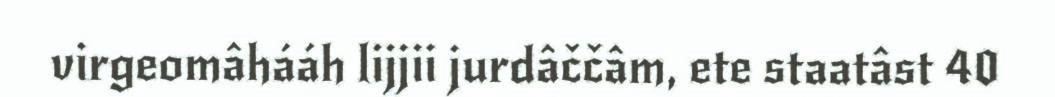
virgeomâhááh lijjii jurdâččâm, ete staatâst 40